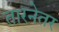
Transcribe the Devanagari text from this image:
तारनेतर